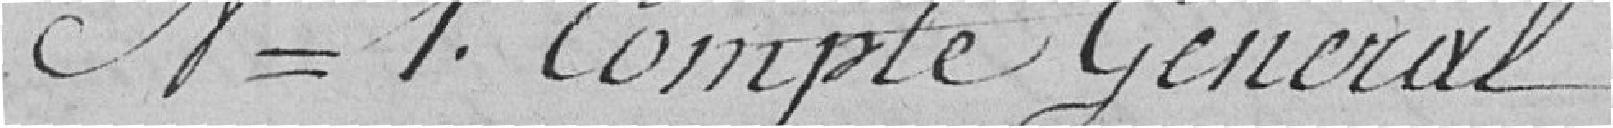
numéro 1 Compte Général